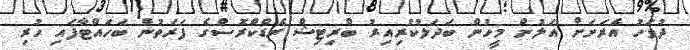
ދުވަހު އެރަށަށް އަލުން މީހުން ބަދަލުކުރިއިރު ބްރިޓިޝް ރެޑްކްރޮސްގެ ފަރަތުން ބަހައްޓާފައި ހުރި